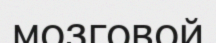
мозговой